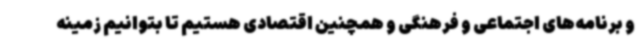
و برنامه‌های اجتماعی و فرهنگی و همچنین اقتصادی هستیم تا بتوانیم زمینه